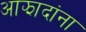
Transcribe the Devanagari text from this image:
आझादांना